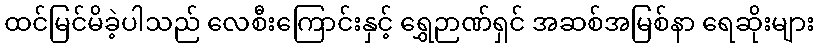
ထင်မြင်မိခဲ့ပါသည် လေစီးကြောင်းနှင့် ရွှေဉာဏ်ရှင် အဆစ်အမြစ်နာ ရေဆိုးများ